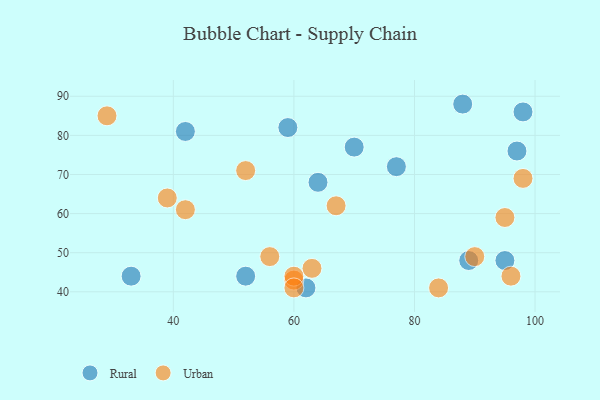
{"axis": {"x": "GDP", "y": "Life Expectancy"}, "legend": ["Rural", "Urban"], "data": [{"x": "42", "y": 81, "type": "Rural"}, {"x": "59", "y": 82, "type": "Rural"}, {"x": "62", "y": 41, "type": "Rural"}, {"x": "52", "y": 44, "type": "Rural"}, {"x": "97", "y": 76, "type": "Rural"}, {"x": "89", "y": 48, "type": "Rural"}, {"x": "70", "y": 77, "type": "Rural"}, {"x": "33", "y": 44, "type": "Rural"}, {"x": "64", "y": 68, "type": "Rural"}, {"x": "77", "y": 72, "type": "Rural"}, {"x": "95", "y": 48, "type": "Rural"}, {"x": "98", "y": 86, "type": "Rural"}, {"x": "88", "y": 88, "type": "Rural"}, {"x": "60", "y": 43, "type": "Urban"}, {"x": "56", "y": 49, "type": "Urban"}, {"x": "98", "y": 69, "type": "Urban"}, {"x": "29", "y": 85, "type": "Urban"}, {"x": "42", "y": 61, "type": "Urban"}, {"x": "67", "y": 62, "type": "Urban"}, {"x": "90", "y": 49, "type": "Urban"}, {"x": "39", "y": 64, "type": "Urban"}, {"x": "96", "y": 44, "type": "Urban"}, {"x": "84", "y": 41, "type": "Urban"}, {"x": "63", "y": 46, "type": "Urban"}, {"x": "52", "y": 71, "type": "Urban"}, {"x": "60", "y": 44, "type": "Urban"}, {"x": "95", "y": 59, "type": "Urban"}, {"x": "60", "y": 41, "type": "Urban"}]}